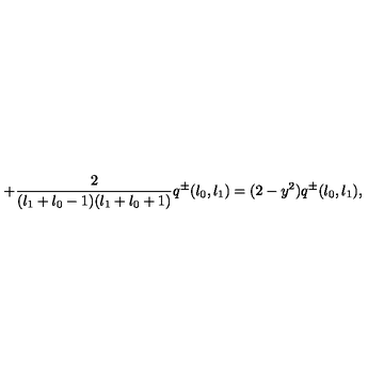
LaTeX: + \frac { 2 } { ( l _ { 1 } + l _ { 0 } - 1 ) ( l _ { 1 } + l _ { 0 } + 1 ) } q ^ { \pm } ( l _ { 0 } , l _ { 1 } ) = ( 2 - y ^ { 2 } ) q ^ { \pm } ( l _ { 0 } , l _ { 1 } ) ,